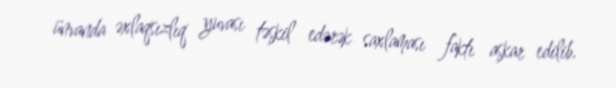
ünvanda əxlaqsızlıq yuvası təşkil edərək saxlaması faktı aşkar edilib.